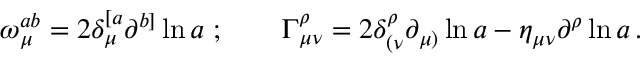
\omega _ { \mu } ^ { a b } = 2 \delta _ { \mu } ^ { [ a } \partial ^ { b ] } \ln a \ ; \qquad \Gamma _ { \mu \nu } ^ { \rho } = 2 \delta _ { ( \nu } ^ { \rho } \partial _ { \mu ) } \ln a - \eta _ { \mu \nu } \partial ^ { \rho } \ln a \, .